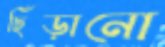
ছিঁড়ানো